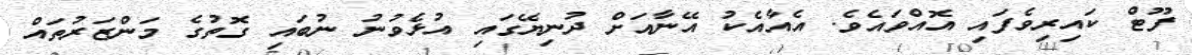
ފޫޓް ކައިރިވެފައި އޮއްވައެވެ. އެއާއެކު އޭނާއަށް ދުނިޔޭގައި އުޅެވުނު ނުބައި ގޮތުގެ މަންޒަރުތައް